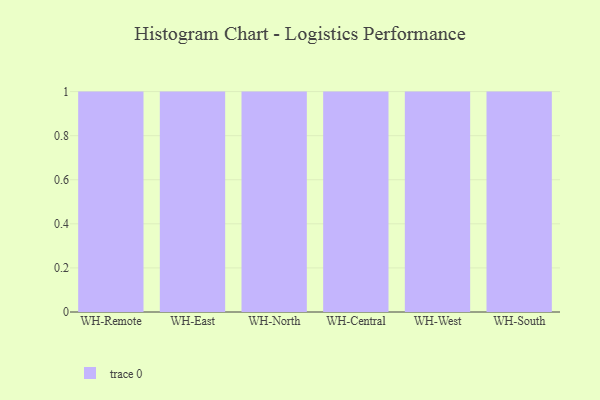
{"axis": {"x": "Warehouse", "y": "Active Users"}, "legend": [""], "data": [{"x": "WH-Remote", "y": 41, "type": ""}, {"x": "WH-East", "y": 40, "type": ""}, {"x": "WH-North", "y": 16, "type": ""}, {"x": "WH-Central", "y": 27, "type": ""}, {"x": "WH-West", "y": 94, "type": ""}, {"x": "WH-South", "y": 22, "type": ""}]}